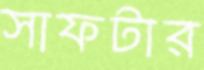
সাফটার